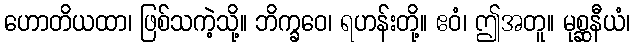
ဟောတိယထာ၊ ဖြစ်သကဲ့သို့။ ဘိက္ခဝေ၊ ရဟန်းတို့။ ဧဝံ၊ ဤအတူ။ မုစ္ဆနီယံ၊